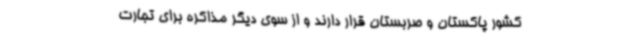
کشور پاکستان و صربستان قرار دارند و از سوی دیگر مذاکره برای تجارت